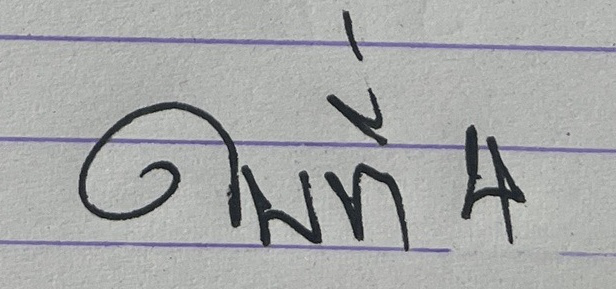
ใบที่ 4